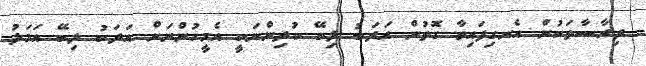
ދިރާސާތަކުން އެނގިފައިވާ ގޮތުން އަދަބު ލިބޭ ކުދިންނަކީ އެމީހުންނަށް އަދަބު ލިބޭ އަމަލު